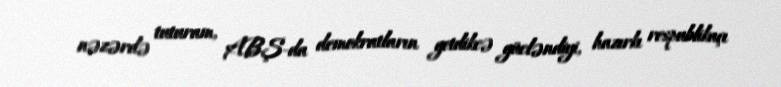
nəzərdə tuturam, ABŞ-da demokratların getdikcə gücləndiyi, hazırkı respublikaçı